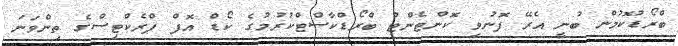
ބްރޯޑުުކޮމުން ބުނީ އެރޭ ފޮނުވި ކޮންޓެންޓު ބްރޯޑްކާސްޓްކުރުމުގެ ކޯޑް އޮފް ޕްރެކްޓިސްގެ ތިންވަނަ